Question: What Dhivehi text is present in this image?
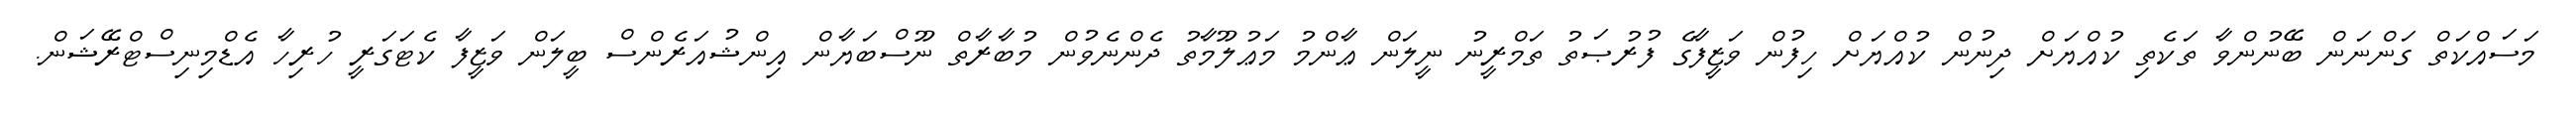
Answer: މަސައްކަތް ގަންނަން ބޭނުންވާ ތަކެތި ކުއްޔަށް ދިނުން ކުއްޔަށް ހިފުން ވަޒީފާގެ ފުރުޞަތު ތަމްރީނު ނީލަން ޢާންމު މަޢުލޫމާތު ދެންނެވުން މުބާރާތް ނޫސްބަޔާން އިންޝުއަރެންސް ބީލަން ވަޒީފާ ކެޓަގަރީ ހުރިހާ އެޑްމިނިސްޓްރޭޝަން.